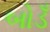
બોડઁ